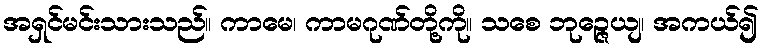
အရှင်မင်းသားသည်။ ကာမေ၊ ကာမဂုဏ်တို့ကို။ သစေ ဘုဉ္ဇေယျ၊ အကယ်၍